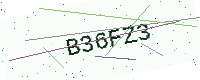
Text: B36FZ3